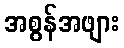
အစွန်အဖျား